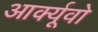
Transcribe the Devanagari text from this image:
आर्क्यूवो